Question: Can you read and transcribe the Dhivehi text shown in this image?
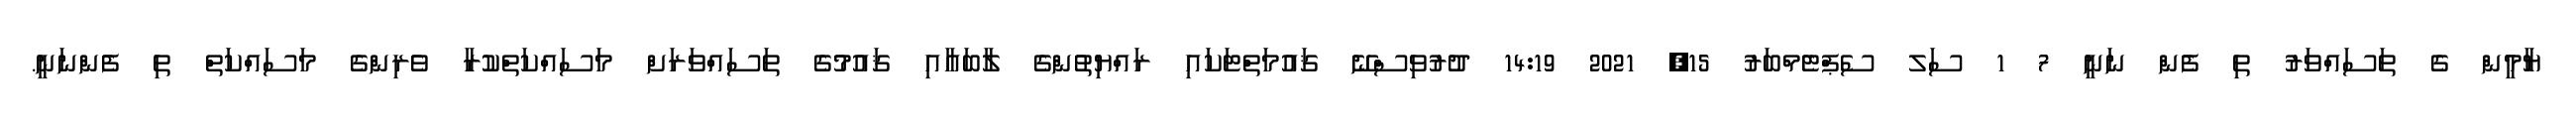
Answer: ޔާމީން ގެ ތަސައްވަރު ތި ފެން ނަނީ 7 1 ސަލ ސެޕްޓެމްބަރު 15, 2021 14:19 ދުރުވިސްނޭ ޤައުމަތްޓަކައި ރައްޔިތުންގެ ލާބައާއި ޤައުމުގެ ތަސައްވަރަށް މަސައްކަތްކުރާ ވެރިންގެ މަސައްކަތް ތި ފެންނަނީ.